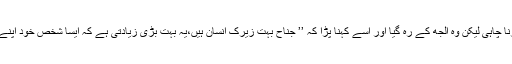
‘‘وائسرائے چیمسفورڈ نے اُن سے بحث کرنا چاہی لیکن وہ اُلجھ کے رہ گیا اور اُسے کہنا پڑا کہ ’’ جناح بہت زیرک انسان ہیں،یہ بہت بڑی زیادتی ہے کہ ایسا شخص خود اپنے مُلک کے نظم و نسق سے بے تعلق رہے۔